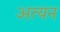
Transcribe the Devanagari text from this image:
अत्यन